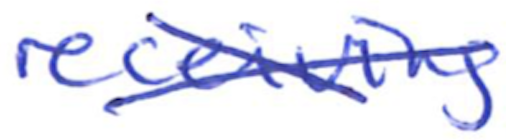
Text: receiving
Cross-out: cross
Writing tool: ballpoint